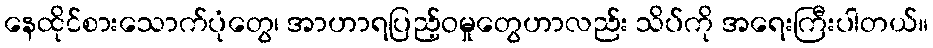
နေထိုင်စားသောက်ပုံတွေ၊ အာဟာရပြည့်ဝမှုတွေဟာလည်း သိပ်ကို အရေးကြီးပါတယ်။